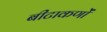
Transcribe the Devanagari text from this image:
बीटाकणों